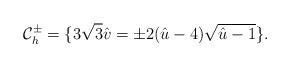
LaTeX: \begin{align*}{\cal C}_{h}^{\pm} = \{3\sqrt{3} \hat{v} = \pm2(\hat{u}-4)\sqrt{\hat{u}-1} \}.\end{align*}